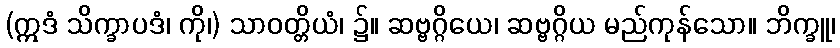
(ဣဒံ သိက္ခာပဒံ၊ ကို၊) သာဝတ္တိယံ၊ ၌။ ဆဗ္ဗဂ္ဂိယေ၊ ဆဗ္ဗဂ္ဂိယ မည်ကုန်သော။ ဘိက္ခူ၊